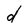
Character: d